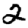
Digit: 2